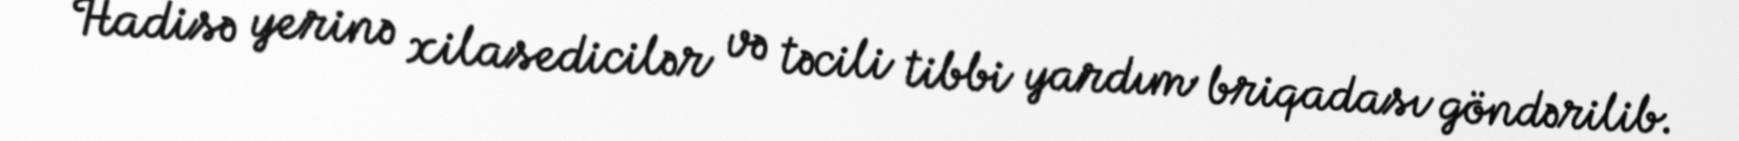
Hadisə yerinə xilasedicilər və təcili tibbi yardım briqadası göndərilib.